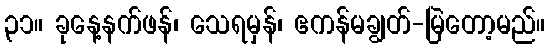
၃၁။ ခုနေ့နက်ဖန်၊ သေရမှန်၊ ဧကန်မချွတ်-မြဲတော့မည်။